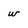
Character: w